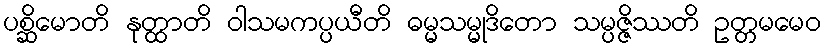
ပစ္ဆိမောတိ နုတ္ထာတိ ဝါသမကပ္ပယီတိ ဓမ္မသမ္မုဒိတော သမ္ပဇ္ဇိဿတိ ဥတ္တမမေဝ